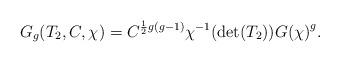
LaTeX: \begin{align*}G_g(T_2,C,\chi) & = C^{\frac{1}{2}g(g-1)}\chi^{-1}(\mathrm{det}(T_2)){G(\chi)}^g.\end{align*}